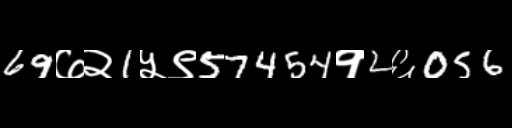
Text: 69७२1५९57454१2६056